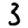
Digit: 3